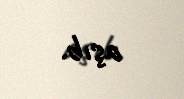
aşıb.